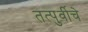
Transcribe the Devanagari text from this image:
तत्पुर्वीचे